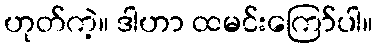
ဟုတ်ကဲ့။ ဒါဟာ ထမင်းကြော်ပါ။